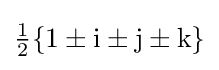
{\tfrac {1}{2}}\{1\pm \mathrm {i} \pm \mathrm {j} \pm \mathrm {k} \}